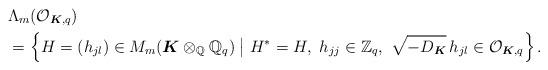
LaTeX: \begin{align*} & \Lambda_{m}(\mathcal{O}_{\boldsymbol{K}, q})\\ & = \left\{ H = (h_{jl}) \in M_{m}(\boldsymbol{K}\otimes_{\mathbb{Q}}\mathbb{Q}_{q}) \bigm | H^{*} = H, \ h_{jj} \in \mathbb{Z}_{q}, \ \sqrt{-D_{\boldsymbol{K}}}\,h_{jl} \in \mathcal{O}_{\boldsymbol{K}, q} \right\}.\end{align*}